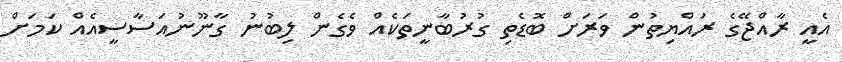
އެއީ ރާއްޖޭގެ ރައްޔިތުން ވަރަށް ބޮޑެތި ގުރުބާނީތަކެއް ވެގެން ލިބުނު ގާނޫނުއަސާސީއެއް ކަމަށް